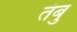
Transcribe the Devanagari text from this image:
तंबु